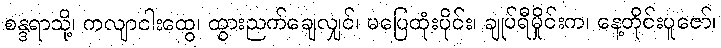
စန္ဒရာသို့၊ ကလျာငါးထွေ၊ ထွားညက်ချေလျှင်၊ မပြေထုံးပိုင်း၊ ချုပ်ရီမှိုင်းက၊ နေ့တိုင်းပူဇော်၊